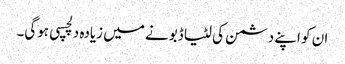
ان کو اپنے دشمن کی لٹیا ڈبونے میں زیادہ دلچسپی ہوگی۔